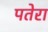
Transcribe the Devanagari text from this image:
पतेरा